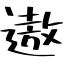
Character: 遨